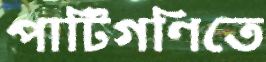
পাটিগণিতে